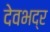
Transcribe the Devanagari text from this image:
देवभद्र